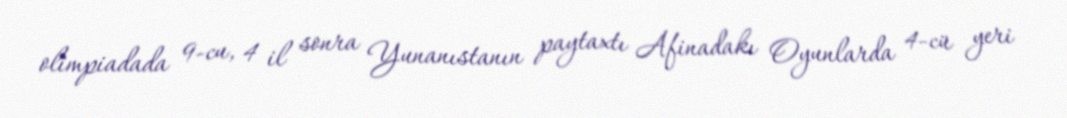
olimpiadada 9-cu, 4 il sonra Yunanıstanın paytaxtı Afinadakı Oyunlarda 4-cü yeri